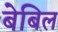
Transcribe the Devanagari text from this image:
बेबिल